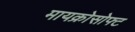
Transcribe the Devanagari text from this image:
मायक्रोसोफ्ट